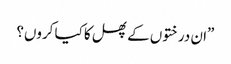
”ان درختوں کے پھل کا کیا کروں؟